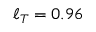
\ell _ { T } = 0 . 9 6